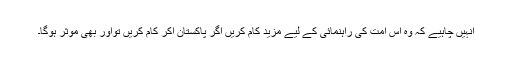
انہیں چاہیے کہ وہ اس امت کی راہنمائی کے لیے مزید کام کریں اگر پاکستان آکر کام کریں تواور بھی مؤثر ہوگا۔